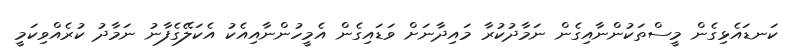
ކަނޑައެޅިގެން މީސްތަކުންނާއިގެން ނަމާދުކުރާ މައިދާނަށް ވަޑައިގެން އެމީހުންނާއިއެކު އެކަލޭގެފާނު ނަމާދު ކުރެއްވިކަމީ